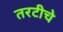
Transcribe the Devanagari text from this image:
तरटीचे